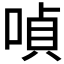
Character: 𠸩